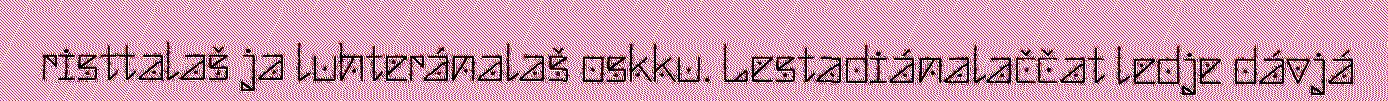
risttalaš ja luhteránalaš oskku. Lestadiánalaččat ledje dávjá